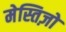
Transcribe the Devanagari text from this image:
मेस्तिज़ो